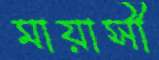
মায়াসী